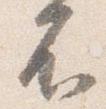
不